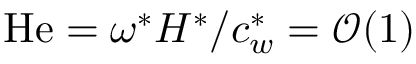
\mathrm { H e } = \omega ^ { \ast } H ^ { \ast } / c _ { w } ^ { \ast } = \mathcal { O } ( 1 )